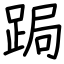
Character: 跼